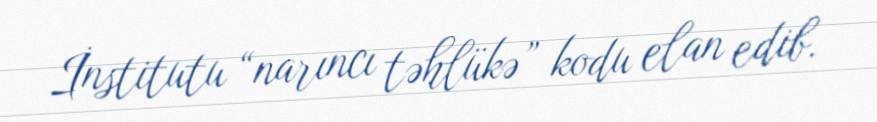
İnstitutu “narıncı təhlükə” kodu elan edib.